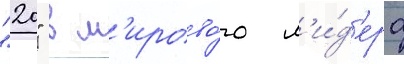
"20" в м'ирово́го л'и́д'ера